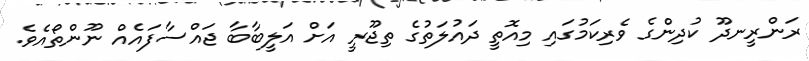
ރަންރީނދޫ ކުދިންގެ ވެރިކަމުގައި މިއޮތީ ދައުލަތުގެ ތިޖޫރީ އަށް އަލީބާބާ ޖައްސާފައެއް ނޫންތޯއެވެ.